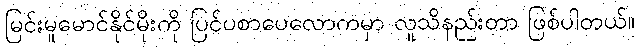
မြင်းမူမောင်နိုင်မိုးကို ပြင်ပစာပေလောကမှာ လူသိနည်းတာ ဖြစ်ပါတယ်။